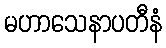
မဟာသေနာပတီနံ